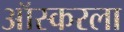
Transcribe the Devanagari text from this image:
ऑस्करला